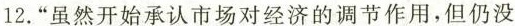
12.”虽然开始承认市场对经济的调节作用，但仍没